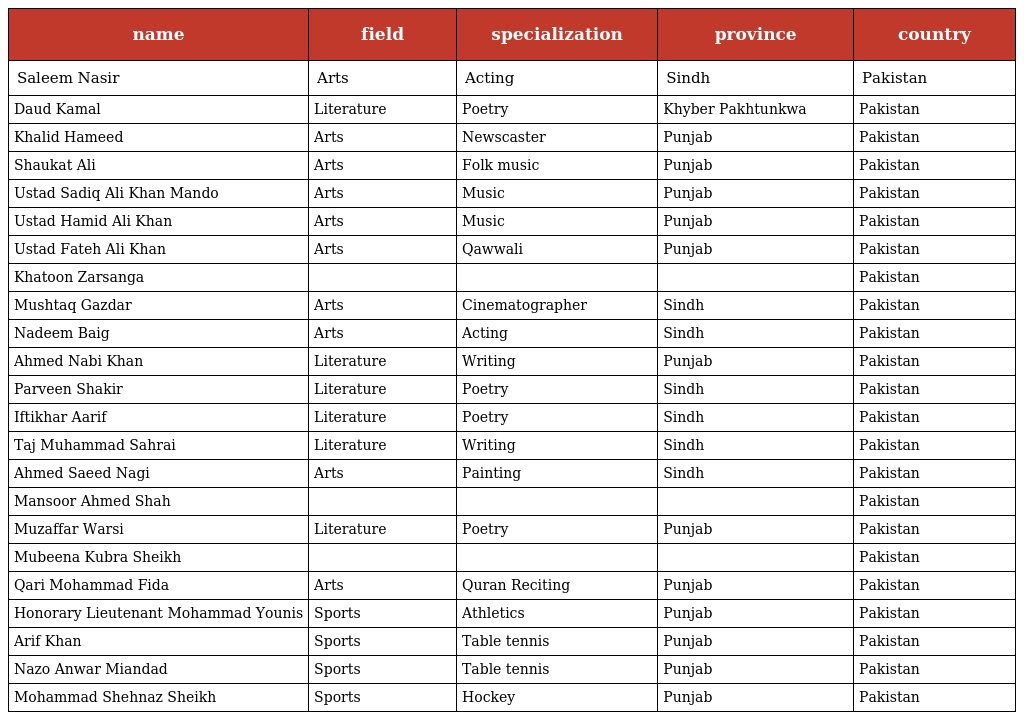
| name | field | specialization | province | country |
 | --- | --- | --- | --- | --- |
 | Saleem Nasir | Arts | Acting | Sindh | Pakistan |
 | Daud Kamal | Literature | Poetry | Khyber Pakhtunkwa | Pakistan |
 | Khalid Hameed | Arts | Newscaster | Punjab | Pakistan |
 | Shaukat Ali | Arts | Folk music | Punjab | Pakistan |
 | Ustad Sadiq Ali Khan Mando | Arts | Music | Punjab | Pakistan |
 | Ustad Hamid Ali Khan | Arts | Music | Punjab | Pakistan |
 | Ustad Fateh Ali Khan | Arts | Qawwali | Punjab | Pakistan |
 | Khatoon Zarsanga |  |  |  | Pakistan |
 | Mushtaq Gazdar | Arts | Cinematographer | Sindh | Pakistan |
 | Nadeem Baig | Arts | Acting | Sindh | Pakistan |
 | Ahmed Nabi Khan | Literature | Writing | Punjab | Pakistan |
 | Parveen Shakir | Literature | Poetry | Sindh | Pakistan |
 | Iftikhar Aarif | Literature | Poetry | Sindh | Pakistan |
 | Taj Muhammad Sahrai | Literature | Writing | Sindh | Pakistan |
 | Ahmed Saeed Nagi | Arts | Painting | Sindh | Pakistan |
 | Mansoor Ahmed Shah |  |  |  | Pakistan |
 | Muzaffar Warsi | Literature | Poetry | Punjab | Pakistan |
 | Mubeena Kubra Sheikh |  |  |  | Pakistan |
 | Qari Mohammad Fida | Arts | Quran Reciting | Punjab | Pakistan |
 | Honorary Lieutenant Mohammad Younis | Sports | Athletics | Punjab | Pakistan |
 | Arif Khan | Sports | Table tennis | Punjab | Pakistan |
 | Nazo Anwar Miandad | Sports | Table tennis | Punjab | Pakistan |
 | Mohammad Shehnaz Sheikh | Sports | Hockey | Punjab | Pakistan |